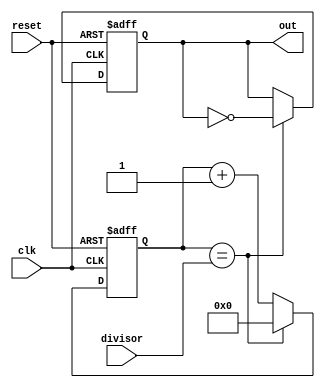
module johnson_counter_clock_divider (
    input clk,
    input reset,
    input [3:0] divisor,
    output reg out
);

reg [3:0] count;

always @(posedge clk or posedge reset) begin
    if (reset) begin
        count <= 4'b0000;
        out <= 1'b0;
    end else begin
        if (count == divisor) begin
            count <= 4'b0000;
            out <= ~out;
        end else begin
            count <= count + 1;
        end
    end
end

endmodule